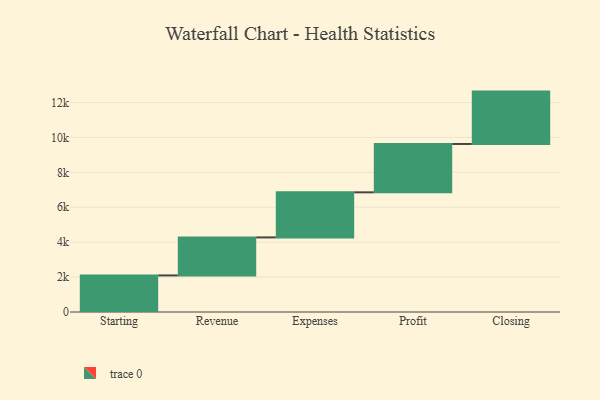
{"axis": {"x": "Step", "y": "Value"}, "legend": [""], "data": [{"x": "Starting", "y": 2095.0, "type": ""}, {"x": "Revenue", "y": 2178.0, "type": ""}, {"x": "Expenses", "y": 2582.0, "type": ""}, {"x": "Profit", "y": 2771.0, "type": ""}, {"x": "Closing", "y": 3000, "type": ""}]}